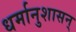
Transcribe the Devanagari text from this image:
धर्मानुशासन्